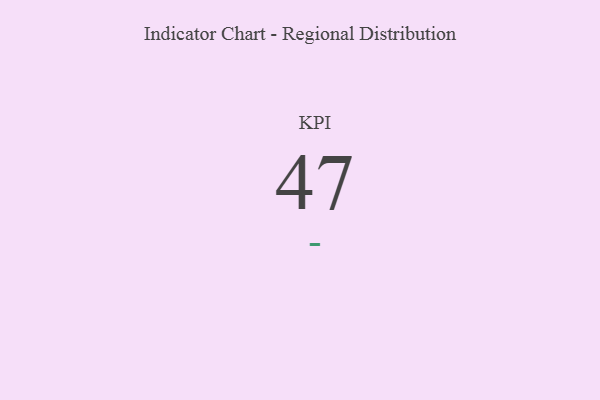
{"axis": {"x": "KPI", "y": "Value"}, "legend": [""], "data": [{"x": "KPI", "y": 47, "type": ""}]}